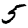
Digit: 5